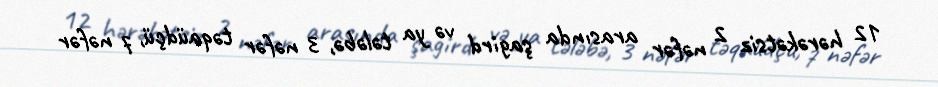
12 hərəkətsiz 2 nəfər arasında şagird və ya tələbə, 3 nəfər təqaüdçü, 7 nəfər